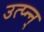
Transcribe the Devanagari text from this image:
उत्प्‍न्न्